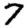
Digit: 7